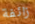
زائفة